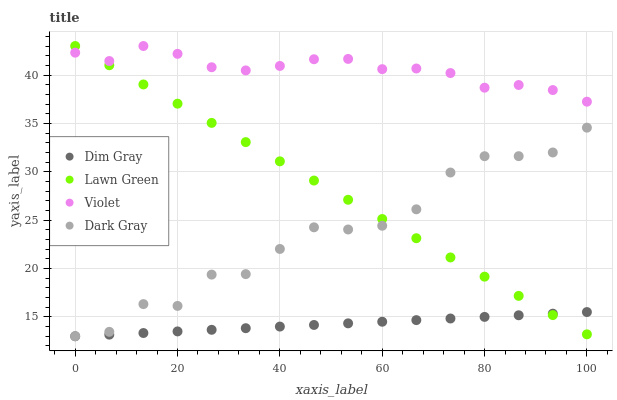
| xaxis_label | Dim Gray | Lawn Green | Violet | Dark Gray |
 | --- | --- | --- | --- | --- |
 | 0 | 13 | 43 | 42.3 | 13 |
 | 6.67 | 13.2 | 41 | 41.4 | 13.5 |
 | 13.3 | 13.3 | 39 | 43 | 16.3 |
 | 20 | 13.5 | 37 | 42.2 | 16.1 |
 | 26.7 | 13.7 | 35.1 | 40.8 | 19.4 |
 | 33.3 | 13.8 | 33.1 | 40.5 | 19.4 |
 | 40 | 14 | 31.1 | 40.9 | 22 |
 | 46.7 | 14.2 | 29.1 | 41.6 | 24.3 |
 | 53.3 | 14.3 | 27.1 | 41.7 | 24 |
 | 60 | 14.5 | 25.1 | 40.6 | 24.4 |
 | 66.7 | 14.7 | 23.1 | 40.7 | 26.1 |
 | 73.3 | 14.8 | 21.1 | 40.2 | 29.9 |
 | 80 | 15 | 19.2 | 38.7 | 31.6 |
 | 86.7 | 15.2 | 17.2 | 39 | 31.6 |
 | 93.3 | 15.3 | 15.2 | 38.4 | 32 |
 | 100 | 15.5 | 13.2 | 37.2 | 34.6 |